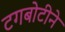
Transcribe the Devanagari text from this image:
टगबोटीने